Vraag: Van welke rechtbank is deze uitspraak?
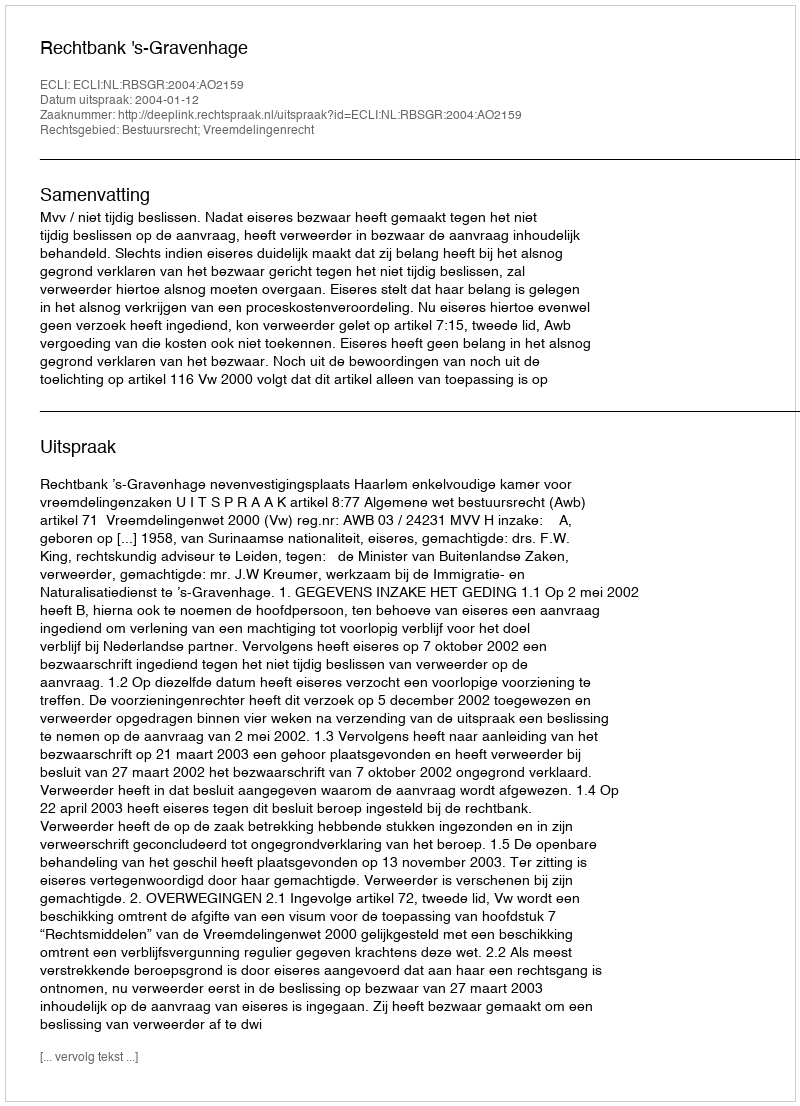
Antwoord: Rechtbank 's-Gravenhage